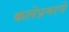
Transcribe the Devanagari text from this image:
कलेप्रमाणे